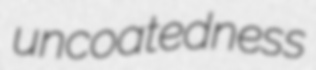
uncoatedness